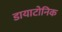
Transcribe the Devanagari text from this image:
डायाटोनिक